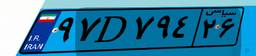
۲۰D۲۳۱۵۴